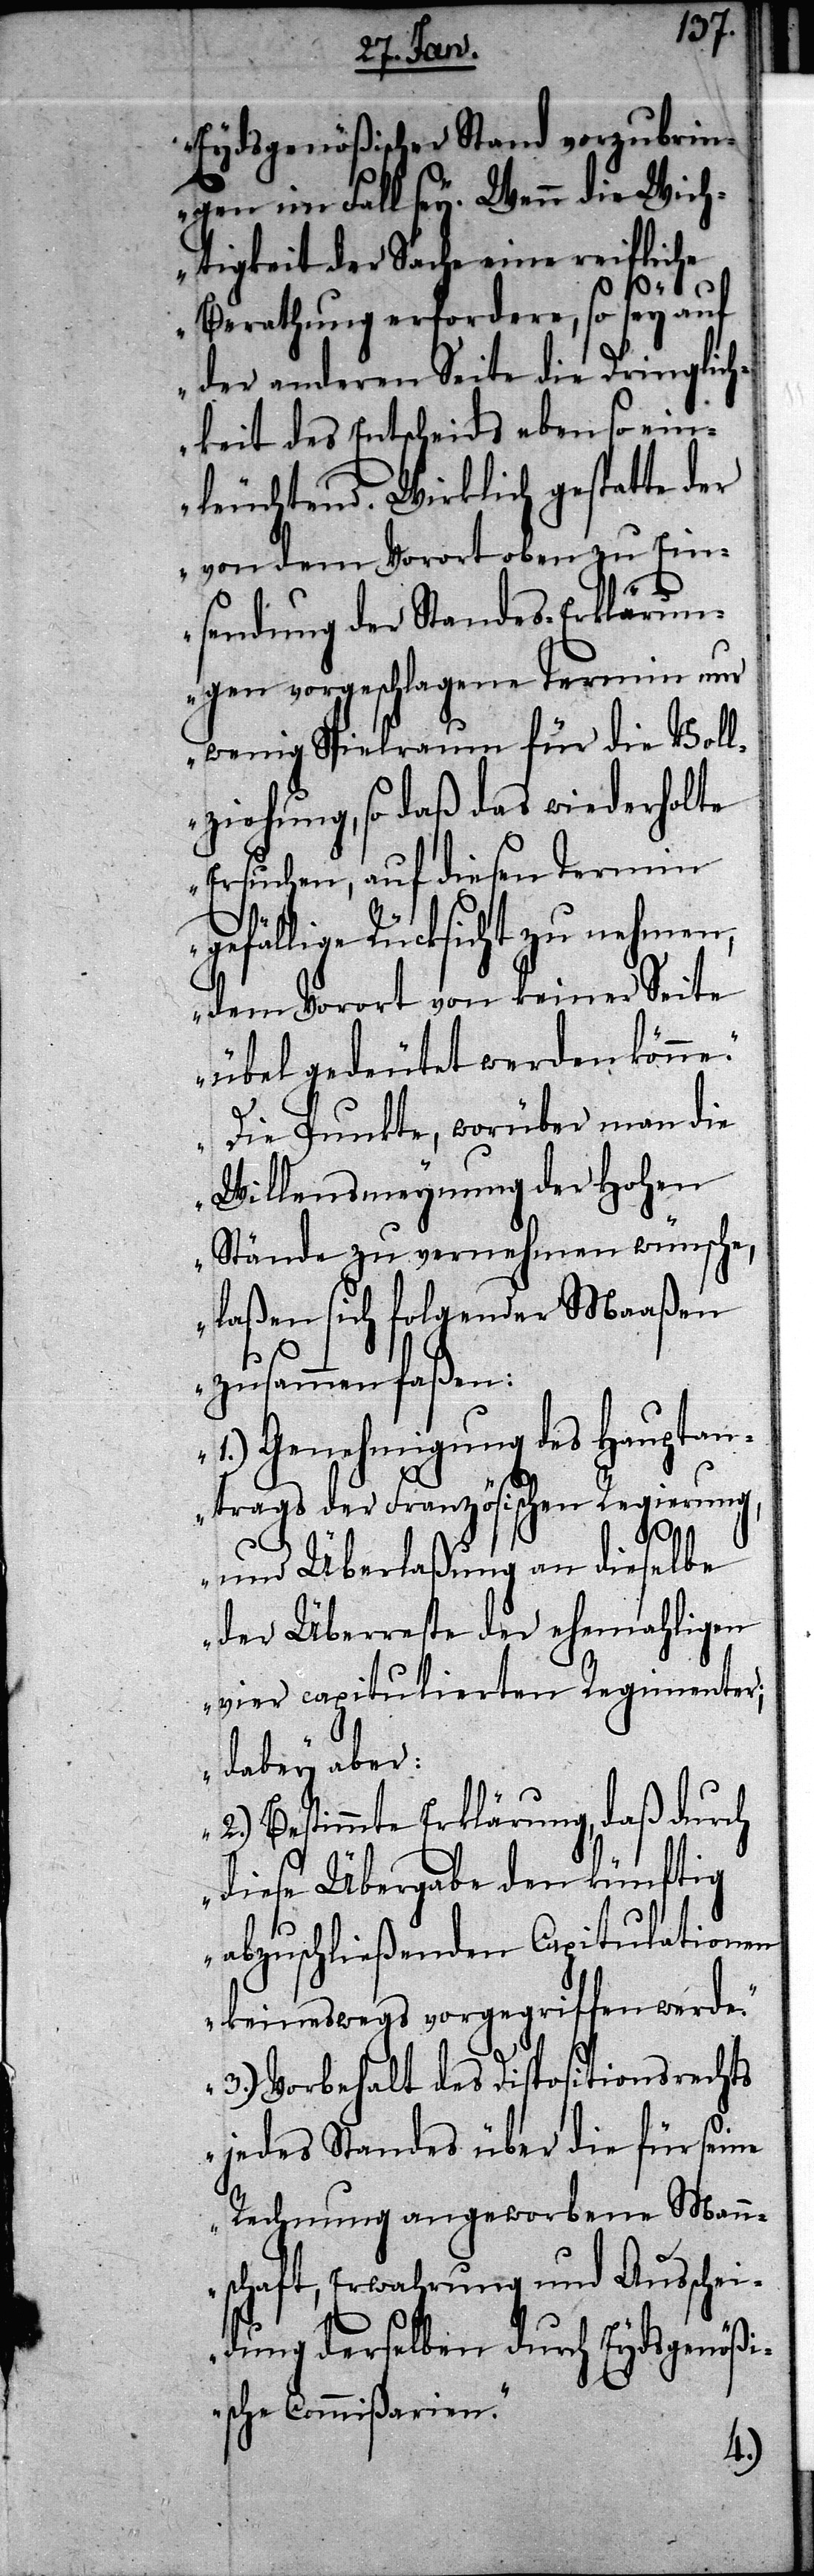
Eydsgenößischer Stand vorzubrin¬
gen im Fall sey. Wenn die Wich¬
tigkeit der Sache eine reifliche
Berathung erfordere, so sey auf
der anderen Seite die Dringlich¬
keit des Entscheids ebenso ein¬
leuchtend. Wirklich gestatte der
von dem Vorort oben zu Ein¬
sendung der Standes-Erklärun¬
gen vorgeschlagene Termin nur
wenig Spielraum für die Voll¬
ziehung, so daß das wiederholte
Ersuchen, auf diesen Termin
gefällige Rücksicht zu nehmen,
dem Vorort von keiner Seite
übel gedeutet werden könne.
Die Punkte, worüber man die
Willensäußerung der Hohen
Stände zu vernehmen wünsche,
laßen sich folgender Maaßen
zusammen faßen:
1.) Genehmigung des Hauptan¬
trags der Französischen Regierung,
und Überlaßung an dieselbe
der Überreste der ehemahligen
vier capitulierten Regimenter;
dabey aber:
2.) Bestimmte Erklärung, daß durch
diese Übergabe den künftig
abzuschließenden Capitulationen
keineswegs vorgegriffen werde.
3.) Vorbehalt des Dispositionsrechts
jedes Standes über die für seine
Rechnung angeworbene Mann¬
schaft, Erwahrung und Ausschei¬
dung derselben durch Eydsgenößi¬
sche Commißarien.